Indian journal of veterinary science and animal husbandry - Volumes 15-17, 1948-1951
Year: 1948
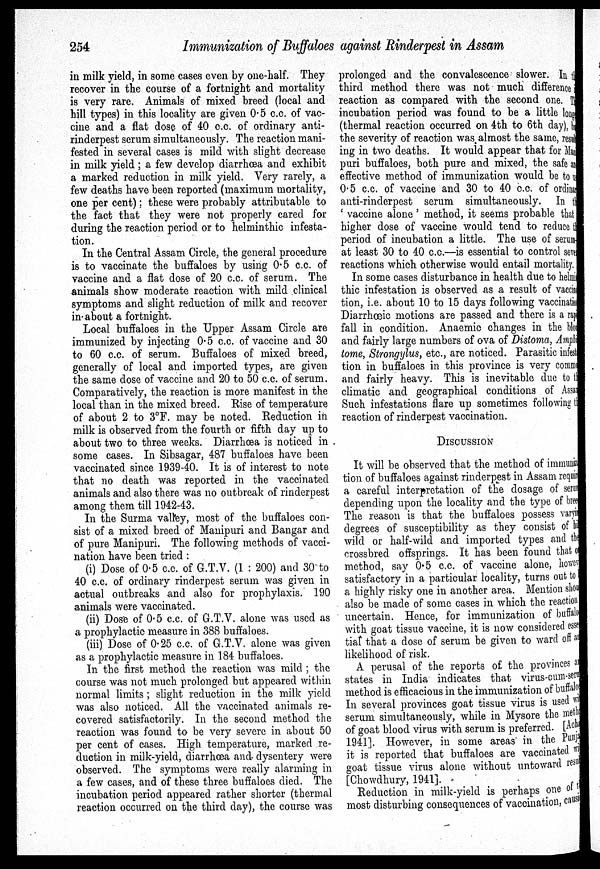
254
Immunization of Buffaloes against Rinderpest in Assam
in milk yield, in some cases even by one-half. They
recover in the course of a fortnight and mortality
is very rare. Animals of mixed breed (local and
hill types) in this locality are given 0.5 c.c. of vac-
cine and a flat dose of 40 c.c. of ordinary anti-
rinderpest serum simultaneously. The reaction mani-
fested in several cases is mild with slight decrease
in milk yield; a few develop diarrhœa and exhibit
a marked reduction in milk yield. Very rarely, a
few deaths have been reported (maximum mortality,
one per cent); these were probably attributable to
the fact that they were not properly cared for
during the reaction period or to helminthic infesta-
tion.
In the Central Assam Circle, the general procedure
is to vaccinate the buffaloes by using 0.5 c.c. of
vaccine and a flat dose of 20 c.c. of serum. The
animals show moderate reaction with mild clinical
symptoms and slight reduction of milk and recover
in about a fortnight.
Local buffaloes in the Upper Assam Circle are
immunized by injecting 0.5 c.c. of vaccine and 30
to 60 c.c. of serum. Buffaloes of mixed breed,
generally of local and imported types, are given
the same dose of vaccine and 20 to 50 c.c. of serum.
Comparatively, the reaction is more manifest in the
local than in the mixed breed. Rise of temperature
of about 2 to 3°F. may be noted. Reduction in
milk is observed from the fourth or fifth day up to
about two to three weeks. Diarrhœa is noticed in
some cases. In Sibsagar, 487 buffaloes have been
vaccinated since 1939-40. It is of interest to note
that no death was reported in the vaccinated
animals and also there was no outbreak of rinderpest
among them till 1942-43.
In the Surma valley, most of the buffaloes con-
sist of a mixed breed of Manipuri and Bangar and
of pure Manipuri. The following methods of vacci-
nation have been tried :
(i) Dose of 0.5 c.c. of G.T.V. (1 : 200) and 30 to
40 c.c. of ordinary rinderpest serum was given in
actual outbreaks and also for prophylaxis. 190
animals were vaccinated.
(ii) Dose of 0.5 c.c. of G.T.V. alone was used as
a prophylactic measure in 388 buffaloes.
(iii) Dose of 0.25 c.c. of G.T.V. alone was given
as a prophylactic measure in 184 buffaloes.
In the first method the reaction was mild ; the
course was not much prolonged but appeared within
normal limits ; slight reduction in the milk yield
was also noticed. All the vaccinated animals re-
covered satisfactorily. In the second method the
reaction was found to be very severe in about 50
per cent of cases. High temperature, marked re-
duction in milk-yield, diarrhœa and dysentery were
observed. The symptoms were really alarming in
a few cases, and of these three buffaloes died. The
incubation period appeared rather shorter (thermal
reaction occurred on the third day), the course was
prolonged and the convalescence slower. In the
third method there was not much difference
reaction as compared with the second one. The
incubation period was found to be a little longe
(thermal reaction occurred on 4th to 6th day),b
the severity of reaction was almost the same, resul-
ing in two deaths. It would appear that for Ma
puri buffaloes, both pure and mixed, the safe and
effective method of immunization would be to us
0.5 c.c. of vaccine and 30 to 40 c.c. of ordinary
anti-rinderpest serum simultaneously. In the
' vaccine alone ' method, it seems probable that
higher dose of vaccine would tend to reduce the
period of incubation a little. The use of serum-
at least 30 to 40 c.c.—is essential to control seven
reactions which otherwise would entail mortality.
In some cases disturbance in health due to helmi
thic infestation is observed as a result of vaccin
tion, i.e. about 10 to 15 days following vaccination
Diarrhæic motions are passed and there is a rap
fall in condition. Anaemic changes in the blood
and fairly large numbers of ova of Distoma, Amphi
tome, Strongylus, etc., are noticed. Parasitic infest
tion in buffaloes in this province is very comm
and fairly heavy. This is inevitable due to the
climatic and geographical conditions of Assam
Such infestations flare up sometimes following the
reaction of rinderpest vaccination.
DISCUSSION
It will be observed that the method of immuniza
tion of buffaloes against rinderpest in Assam requird
a careful interpretation of the dosage of serum
depending upon the locality and the type of bree
The reason is that the buffaloes possess varying
degrees of susceptibility as they consist of hi
wild or half-wild and imported types and the
crossbred offsprings. It has been found that of
method, say 0.5 c.c. of vaccine alone, however
satisfactory in a particular locality, turns out to
a highly risky one in another area. Mention shou
also be made of some cases in which the reaction
uncertain. Hence, for immunization of buffaloes
with goat tissue vaccine, it is now considered esse
tial that a dose of serum be given to ward off at
likelihood of risk.
A perusal of the reports of the provinces an
states in India indicates that virus-cum-serum
method is efficacious in the immunization of buffaloes
In several provinces goat tissue virus is used with
serum simultaneously, while in Mysore the method
of goat blood virus with serum is preferred. [Acha
1941]. However, in some areas in the Punjab
it is reported that buffaloes are vaccinated w
goat tissue virus alone without untoward result
[Chowdhury, 1941].
Reduction in milk-yield is perhaps one of the
most disturbing consequences of vaccination, causing